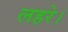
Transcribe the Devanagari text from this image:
लहरे।